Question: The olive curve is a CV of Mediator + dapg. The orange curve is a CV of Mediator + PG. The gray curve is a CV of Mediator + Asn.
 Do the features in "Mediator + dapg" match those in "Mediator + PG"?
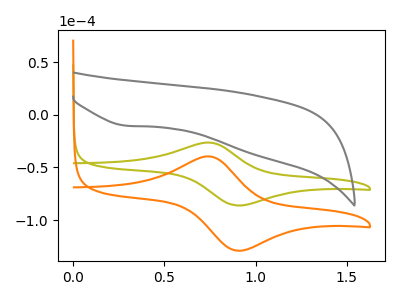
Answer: <think>The olive curve "Mediator + dapg" has an anodic peak at (0.75V, -26.30uA) and a cathodic peak at (0.90V, -86.05uA). The orange curve "Mediator + PG" has an anodic peak at (0.75V, -39.40uA) and a cathodic peak at (0.90V, -129.00uA). The gray curve "Mediator + Asn" has a cathodic peak at: (0.30V, -10.30uA).
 All the peaks in "Mediator + dapg" have a peak in "Mediator + PG" at the same potential.</think>
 <answer>"Mediator + dapg" and "Mediator + PG" are similar in shape.</answer>
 <eval>same_shape</eval>